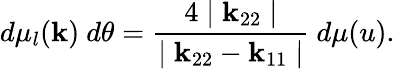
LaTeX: d\mu_{l}(\mathbf{k})~d\theta=\frac{{4\mid\mathbf{k}_{22}\mid}}{{\mid\mathbf{k}_{22}-\mathbf{k}_{11}\mid}}~d\mu(u).